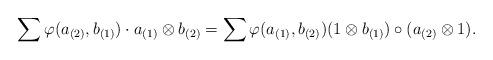
LaTeX: \begin{align*}\sum\varphi(a_{(2)},b_{(1)})\cdot a_{(1)}\otimes b_{(2)}=\sum\varphi(a_{(1)},b_{(2)})(1\otimes b_{(1)})\circ (a_{(2)}\otimes1).\end{align*}